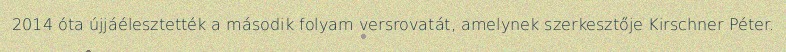
2014 óta újjáélesztették a második folyam versrovatát, amelynek szerkesztője Kirschner Péter.